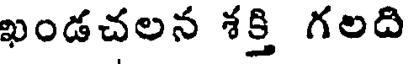
ఖండచలన శక్తి గలది